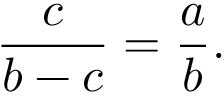
{ \frac { c } { b - c } } = { \frac { a } { b } } .